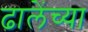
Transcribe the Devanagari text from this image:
ढालेंच्या